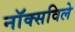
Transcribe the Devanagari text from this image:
नाॅक्सविले